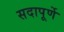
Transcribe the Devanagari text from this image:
सदापूर्णे